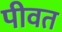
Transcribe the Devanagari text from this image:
पीवत